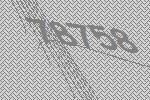
78758